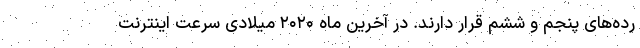
رده‌های پنجم و ششم قرار دارند. در آخرین ماه ۲۰۲۰ میلادی سرعت اینترنت